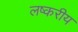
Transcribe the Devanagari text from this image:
लष्करीय